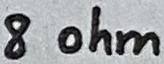
Text: 8 ohm